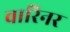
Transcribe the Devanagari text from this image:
वारिनर